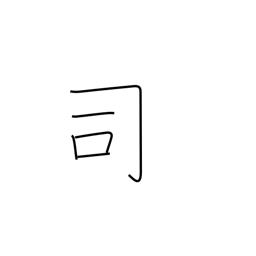
Meaning: director